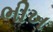
ભીખ